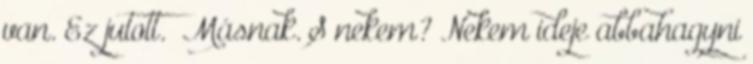
van. Ez jutott.” Másnak. S nekem? Nekem ideje abbahagyni